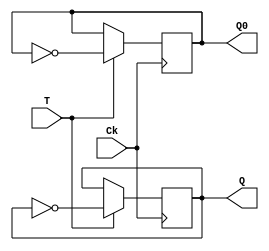
module TFF_bh(T,Q,Q0,Ck);
  input T,Ck;
  output reg Q,Q0;
  
  initial
  begin
    Q=0;
    Q0=1;
  end
  always @(posedge Ck)
  begin
    if(T==0)
      begin
      Q <= Q;
      Q0 <= Q0;
      end
      
    else if(T==1)
    begin
      Q <= ~Q;
      Q0 <= ~Q0;
    end
    
  end
endmodule